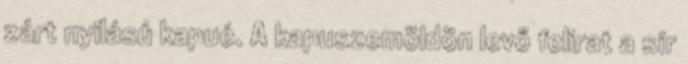
zárt nyilású kapué. A kapuszemöldön levő felirat a sír